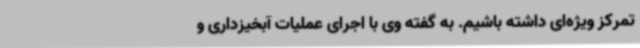
تمرکز ویژه‌ای داشته باشیم. به گفته وی با اجرای عملیات آبخیزداری و